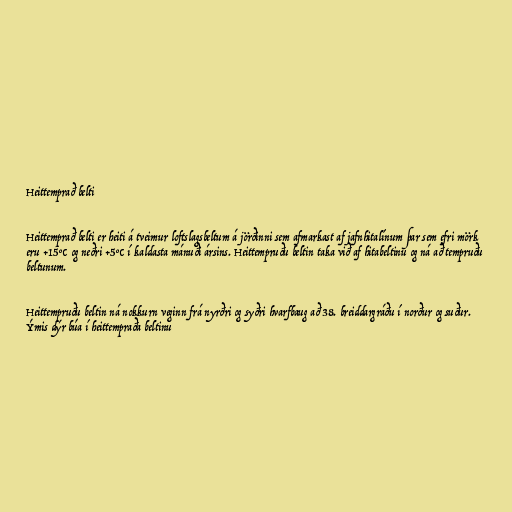
Heittemprað belti

Heittemprað belti er heiti á tveimur loftslagsbeltum á jörðinni sem afmarkast af jafnhitalínum þar sem efri mörk
eru +15°C og neðri +5°C í kaldasta mánuði ársins. Heittempruðu beltin taka við af hitabeltinu og ná að tempruðu
beltunum.

Heittempruðu beltin ná nokkurn veginn frá nyrðri og syðri hvarfbaug að 38. breiddargráðu í norður og suður.
Ýmis dýr búa í heittempraða beltinu